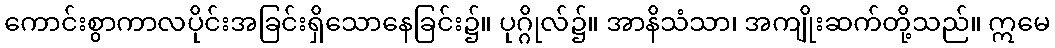
ကောင်းစွာကာလပိုင်းအခြင်းရှိသောနေခြင်း၌။ ပုဂ္ဂိုလ်၌။ အာနိသံသာ၊ အကျိုးဆက်တို့သည်။ ဣမေ